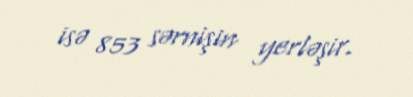
isə 853 sərnişin yerləşir.